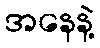
အနေနဲ့